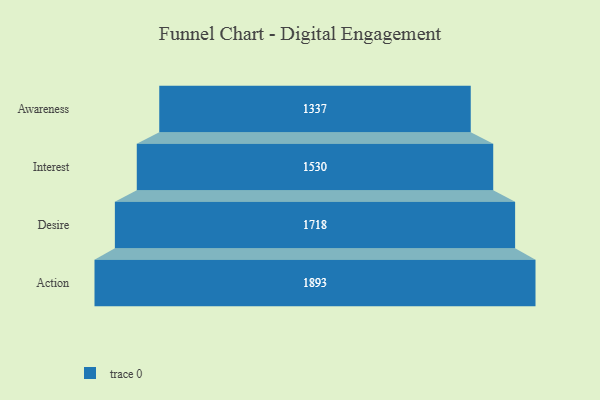
{"axis": {"x": "Stage", "y": "Value"}, "legend": [""], "data": [{"x": "Awareness", "y": 1337.0, "type": ""}, {"x": "Interest", "y": 1530.0, "type": ""}, {"x": "Desire", "y": 1718.0, "type": ""}, {"x": "Action", "y": 1893.0, "type": ""}]}